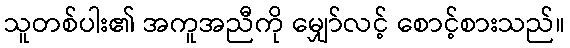
သူတစ်ပါး၏ အကူအညီကို မျှော်လင့် စောင့်စားသည်။